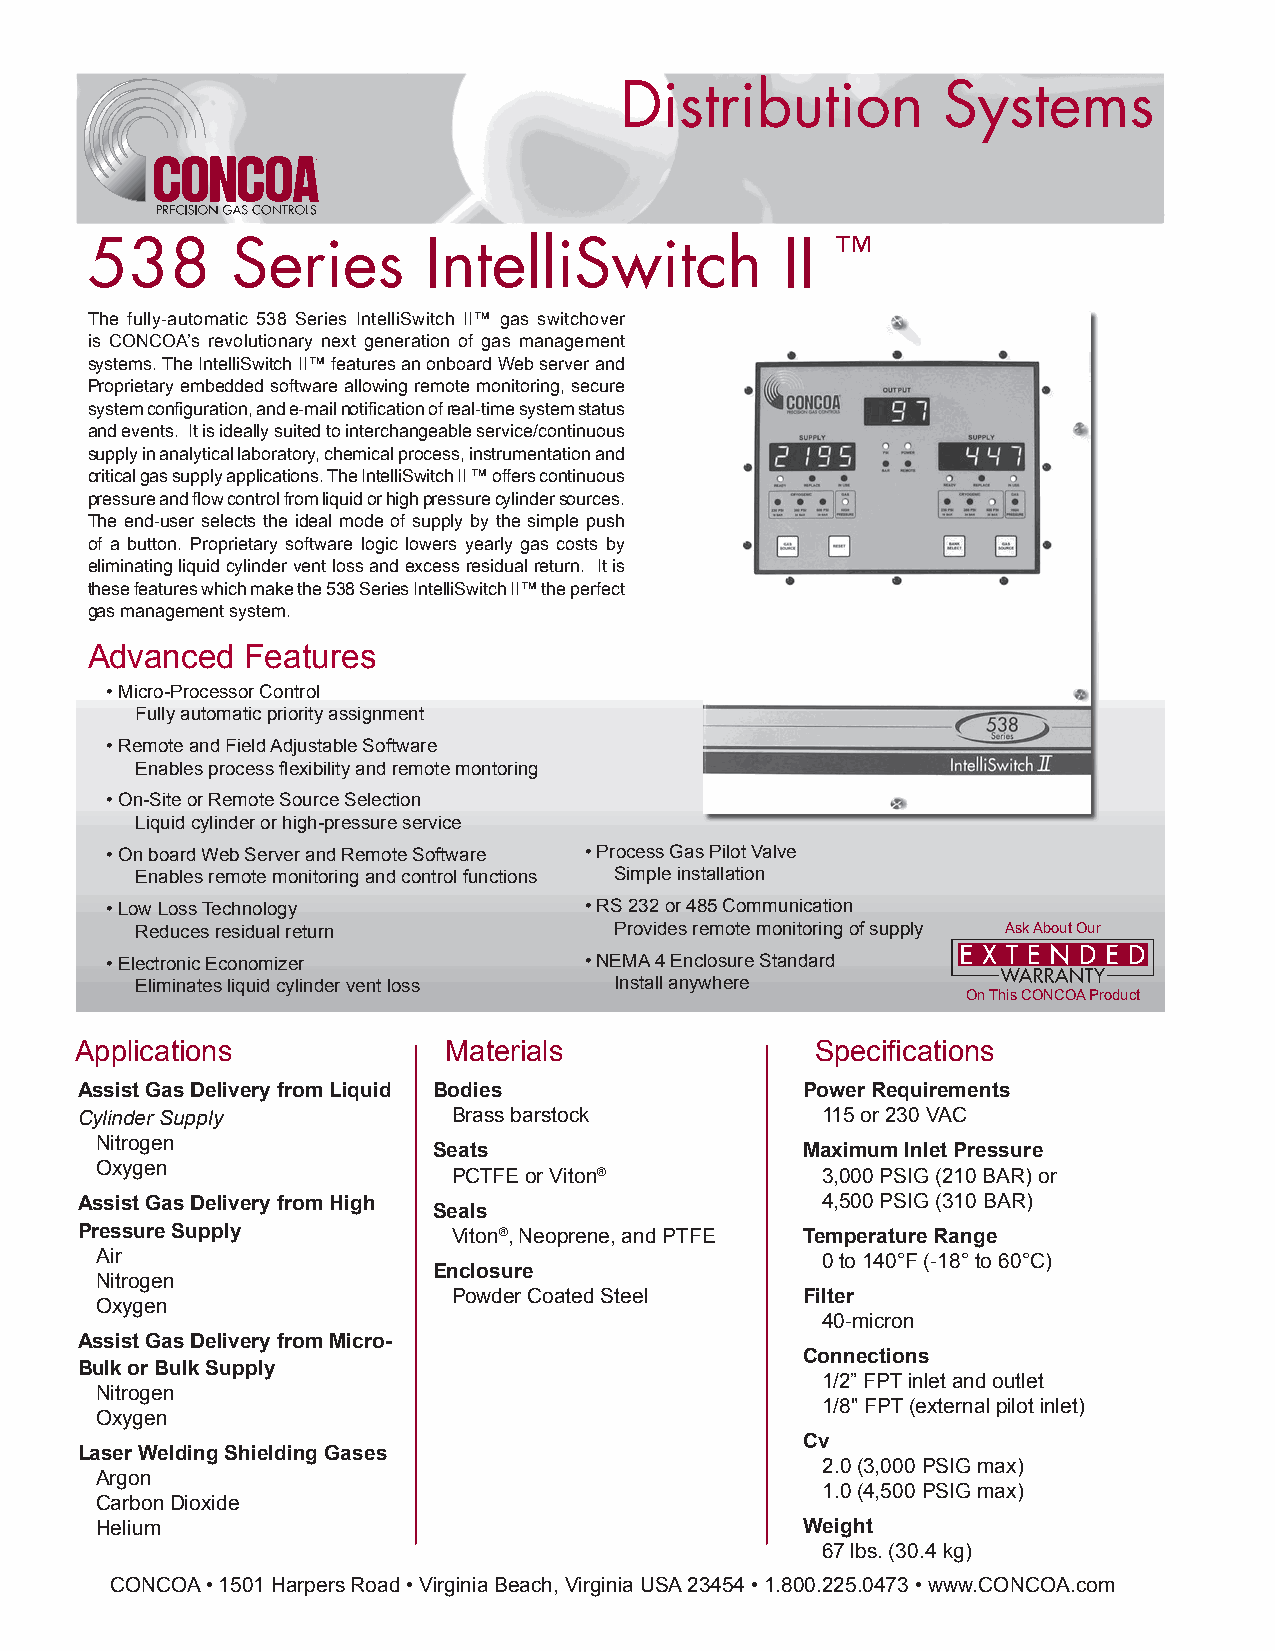
Distribution         Systems
 538      Series       IntelliSwitch           II ™
 The fully-automatic 538 Series IntelliSwitch II™ gas switchover
 is CONCOA’s revolutionary next generation of gas management
 systems. The IntelliSwitch II™ features an onboard Web server and
 Proprietary embedded software allowing remote monitoring, secure
 system configuration, and e-mail notification of real-time system status
 and events. It is ideally suited to interchangeable service/continuous
 supply in analytical laboratory, chemical process, instrumentation and
 critical gas supply applications. The IntelliSwitch II ™ offers continuous
 pressure and flow control from liquid or high pressure cylinder sources.
 The end-user selects the ideal mode of supply by the simple push
 of a button. Proprietary software logic lowers yearly gas costs by
 eliminating liquid cylinder vent loss and excess residual return. It is
 these features which make the 538 Series IntelliSwitch II™ the perfect
 gas management system.
 Advanced  Features
 • Micro-Processor Control
 Fully automatic priority assignment
 • Remote and Field Adjustable Software
 Enables process flexibility and remote montoring
 • On-Site or Remote Source Selection
 Liquid cylinder or high-pressure service
 • On board Web Server and Remote Software • Process Gas Pilot Valve
 Enables remote monitoring and control functions Simple installation
 • Low Loss Technology           • RS 232 or 485 Communication
 Reduces residual return         Provides remote monitoring of supply Ask About Our
 • Electronic Economizer         • NEMA 4 Enclosure Standard
 Eliminates liquid cylinder vent loss Install anywhere
 On This CONCOA Product
 Applications            Materials                Specifications
 Assist Gas Delivery from Liquid Bodies          Power Requirements
 Cylinder Supply          Brass barstock          115 or 230 VAC
 Nitrogen
 Seats                   Maximum Inlet Pressure
 Oxygen
 PCTFE or Viton®         3,000 PSIG (210 BAR) or
 Assist Gas Delivery from High                    4,500 PSIG (310 BAR)
 Seals
 Pressure Supply          Viton®, Neoprene, and PTFE Temperature Range
 Air                                             0 to 140°F (-18° to 60°C)
 Enclosure
 Nitrogen
 Powder Coated Steel    Filter
 Oxygen
 40-micron
 Assist Gas Delivery from Micro-
 Connections
 Bulk or Bulk Supply
 1/2” FPT inlet and outlet
 Nitrogen
 1/8" FPT (external pilot inlet)
 Oxygen
 Cv
 Laser Welding Shielding Gases
 2.0 (3,000 PSIG max)
 Argon
 1.0 (4,500 PSIG max)
 Carbon Dioxide
 Helium                                         Weight
 67 lbs. (30.4 kg)
 CONCOA • 1501 Harpers Road • Virginia Beach, Virginia USA 23454 • 1.800.225.0473 • www.CONCOA.com CONCOA • 1501 Harpers Road • Virginia Beach, Virginia USA 23454 • 1.800.225.0473 • www.CONCOA.com
 --2200--                                                                               --2211--